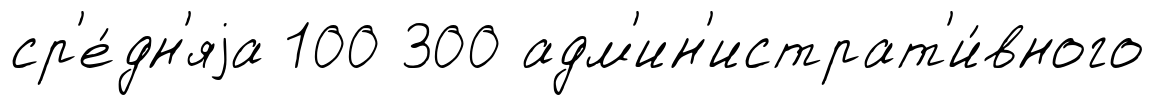
ср'е́дн'яjа 100 300 адм'ин'истрат'и́вного